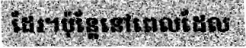
ដែរ។ប៉ុន្តែនៅពេលដែល